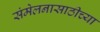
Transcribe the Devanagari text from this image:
संमेलनासाठीच्या